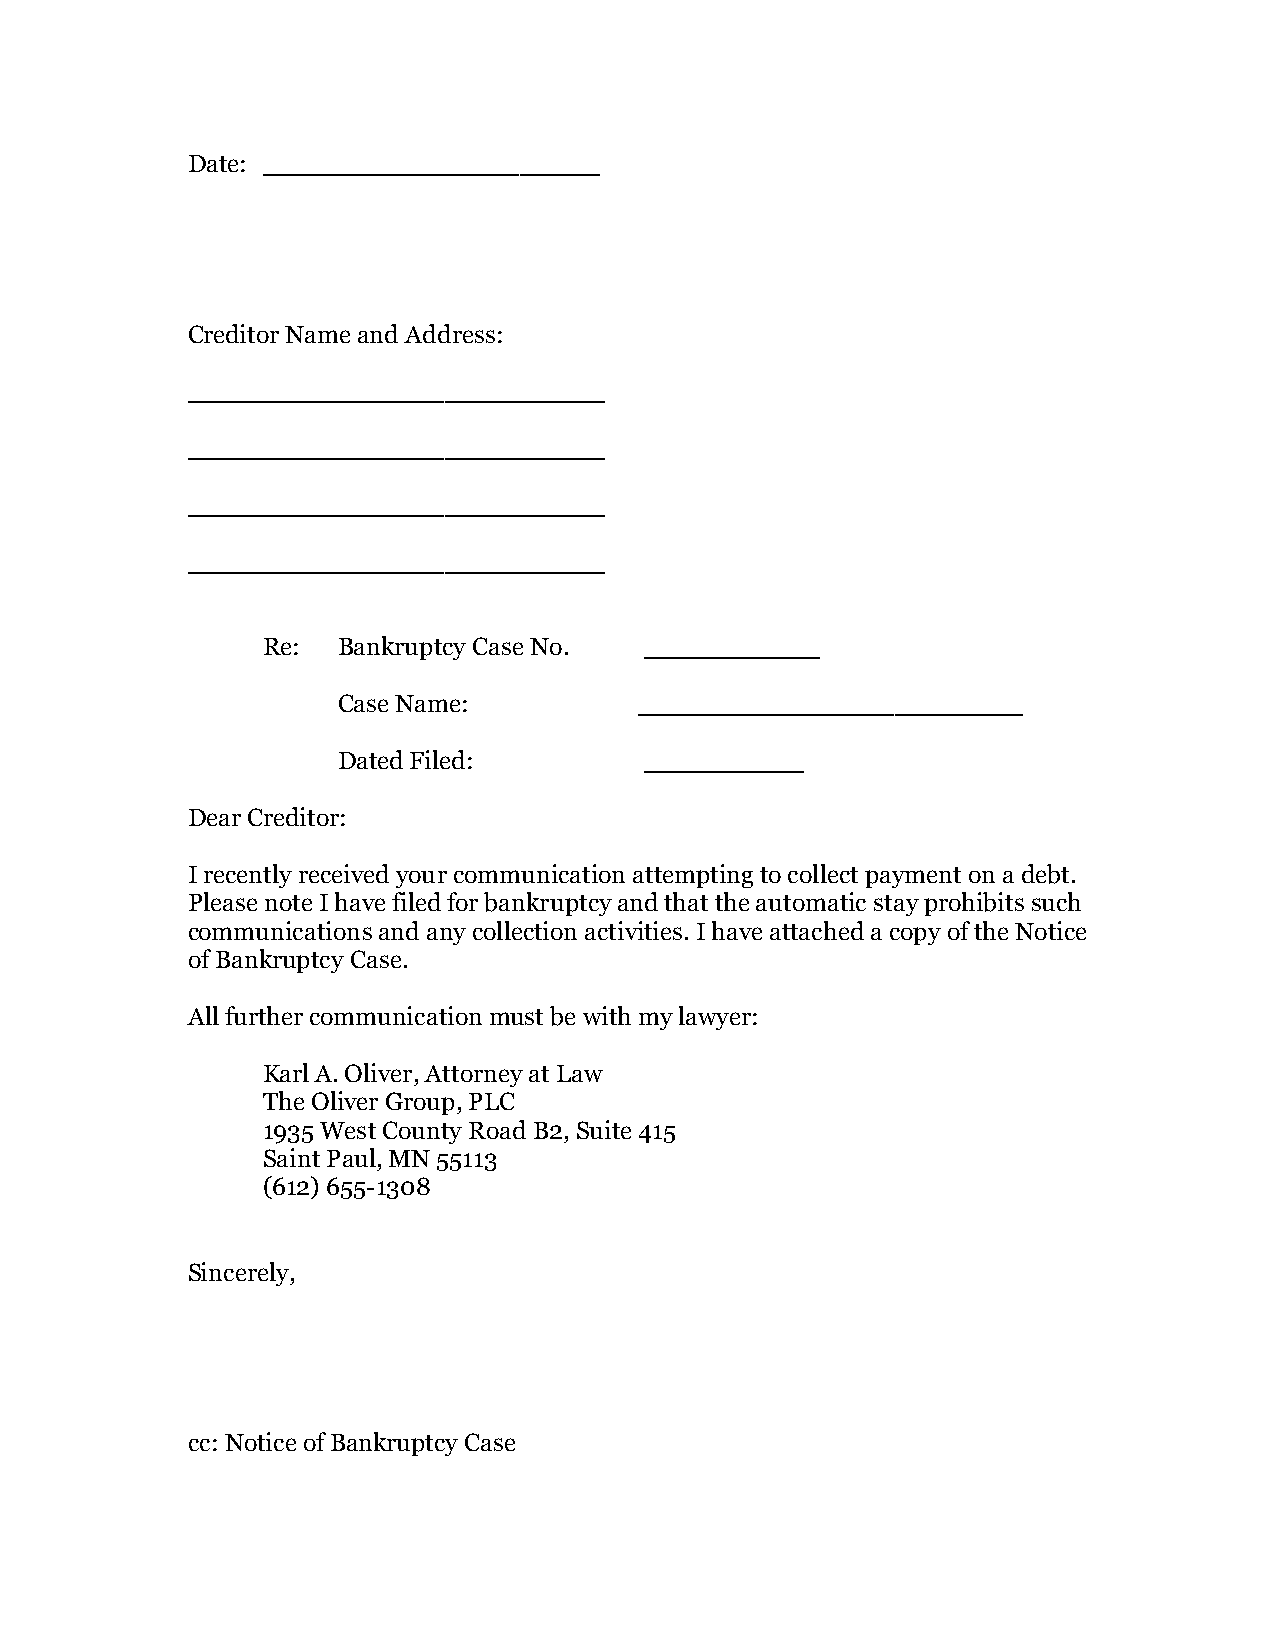
Date: _____________________
 Creditor Name and Address:
 __________________________
 __________________________
 __________________________
 __________________________
 Re:  Bankruptcy Case No.  ___________
 Case Name:          ________________________
 Dated Filed:         __________
 Dear Creditor:
 I recently received your communication attempting to collect payment on a debt.
 Please note I have filed for bankruptcy and that the automatic stay prohibits such
 communications and any collection activities. I have attached a copy of the Notice
 of Bankruptcy Case.
 All further communication must be with my lawyer:
 Karl A. Oliver, Attorney at Law
 The Oliver Group, PLC
 1935 West County Road B2, Suite 415
 Saint Paul, MN 55113
 (612) 655-1308
 Sincerely,
 cc: Notice of Bankruptcy Case